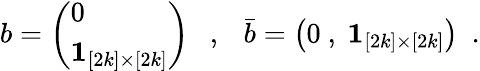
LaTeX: b=\left(\begin{array}{l}{{0}}\\ {{{\mathbf 1}_{[2k]\times[2k]}}}\end{array}\right)~~~,~~~\bar{b}=\big(0\ ,\ {\mathbf 1}_{[2k]\times[2k]}\big)~~.